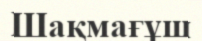
Шақмағұш